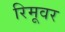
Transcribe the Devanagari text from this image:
रिमूवर